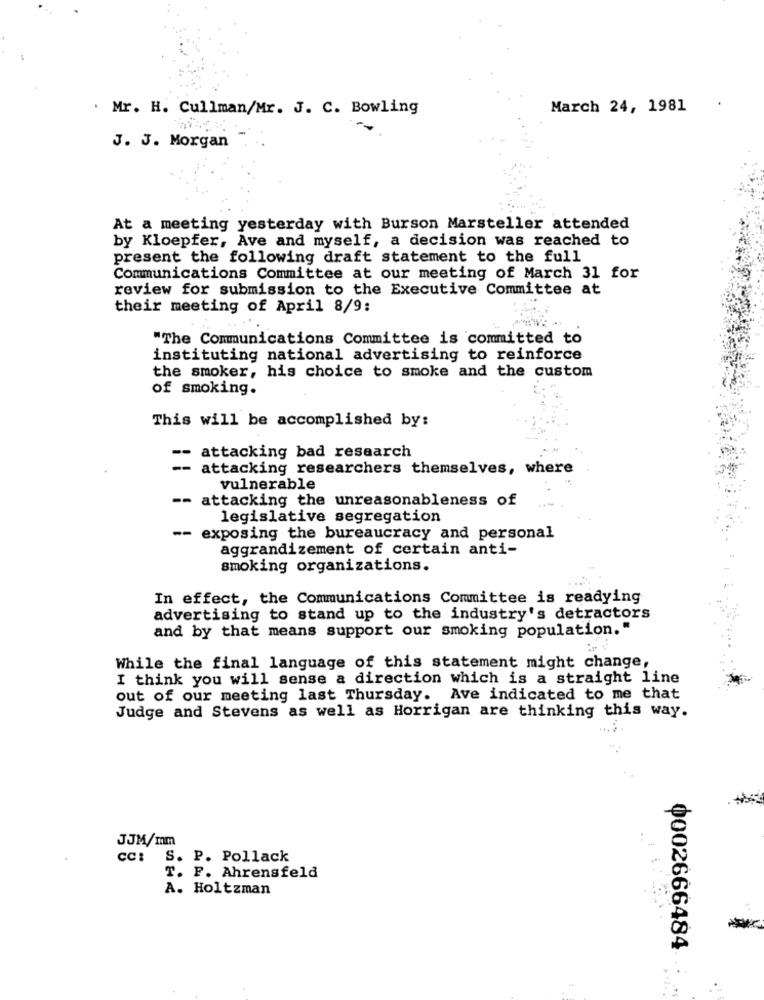
. Mr. H. Cullman/Mr. J. C. Bowling
March 24, 1981
J. J. Morgan
At a meeting yesterday with Burson Marsteller attended
by Kloepfer, Ave and myself, a decision was reached to
present the following draft statement to the full
Communications Committee at our meeting of March 31 for
review for submission to the Executive Committee at
their meeting of April 8/9:
"The Communications Committee is committed to
instituting national advertising to reinforce
the smoker, his choice to smoke and the custom
of smoking.
This will be accomplished by:
-- attacking bad research
-- attacking researchers themselves, where
vulnerable
-- attacking the unreasonableness of
legislative segregation
-- exposing the bureaucracy and personal
aggrandizement of certain anti-
smoking organizations.
In effect, the Communications Committee is readying
advertising to stand up to the industry's detractors
and by that means support our smoking population."
While the final language of this statement might change,
I think you will sense a direction which is a straight line
out of our meeting last Thursday. Ave indicated to me that
Judge and Stevens as well as Horrigan are thinking this way.
JJM/mm
CC:
S. P. Pollack
T. F. Ahrensfeld
A. Holtzman
0002666484